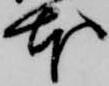
本